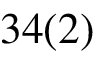
3 4 ( 2 )